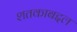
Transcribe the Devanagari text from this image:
शतकाबद्दल